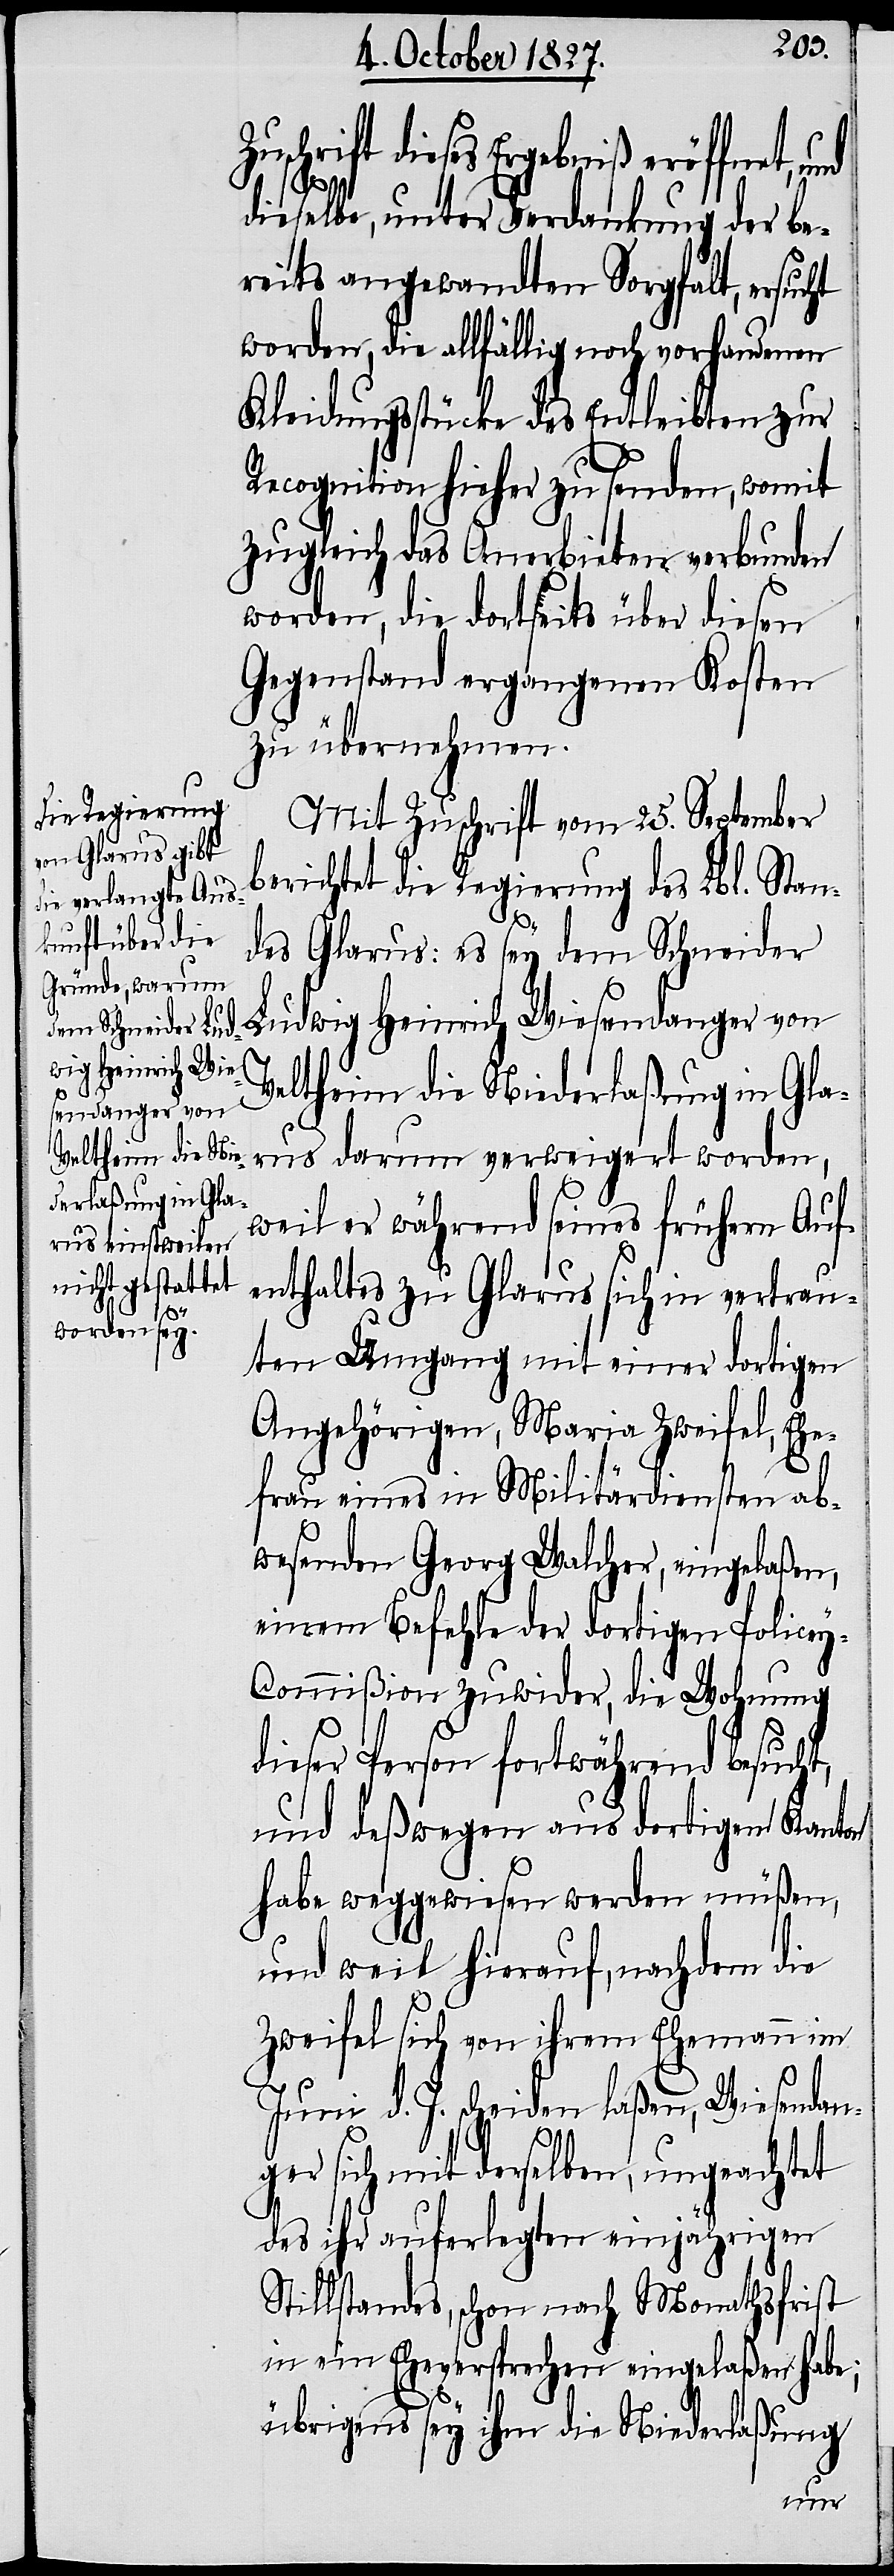
Z¬

uschrift dieses Ergebniß eröffnet, u¬
dieselbe, unter Verdankung der be¬
reits angewandten Sorgfalt, ersucht
worden, die allfällig noch vorhandenen
Kleidungsstücke des Entleibten zur
Recognition hieher zu senden, womit
zugleich das Anerbieten verbunden
worden, die dortseits über diesen
Gegenstand ergangenen Kosten
zu übernehmen.
Mit Zuschrift vom 25. September
berichtet die Regierung des Lbl. Stan¬
des Glarus: es sey dem Schneider
Ludwig Heinrich Wiesendanger von
Veltheim die Niederlaßung in Gla¬
rus darum verweigert worden,
weil er während seines frühern Auf¬
enthaltes zu Glarus sich in vertrau¬
tem Umgang mit einer dortigen
Angehörigen, Maria Zweifel, Ehe¬
frau eines in Militärdiensten ab¬
wesenden Georg Walcher, eingelaßen,
einem Befehle der dortigen Police¬
y-Commißion zuwider, die Wohnung
dieser Person fortwährend besucht,
und deßwegen aus dortigem Kanton
habe weggewiesen werden müßen,
und weil hierauf, nachdem die
Zweifel sich von ihrem Ehemann im
Juni d. J. scheiden laßen, Wiesendan¬
ger sich mit derselben, ungeachtet
des ihr auferlegten einjährigen
Stillstandes, schon nach Monathsfrist
in ein Eheversprechen eingelaßen habe;
übrigens sey ihm die Niederlaßung
nd